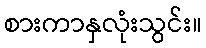
စားကာနှလုံးသွင်း။